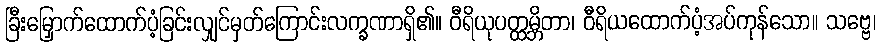
ခြီးမြှောက်ထောက်ပံ့ခြင်းလျှင်မှတ်ကြောင်းလက္ခဏာရှိ၏။ ဝီရိယုပတ္ထမ္ဘိတာ၊ ဝီရိယထောက်ပံ့အပ်ကုန်သော။ သဗ္ဗေ၊